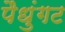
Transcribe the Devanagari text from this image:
पैधुंगट